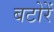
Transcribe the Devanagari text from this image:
बटोरें